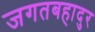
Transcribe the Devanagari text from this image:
जगतबहादुर